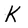
Character: K